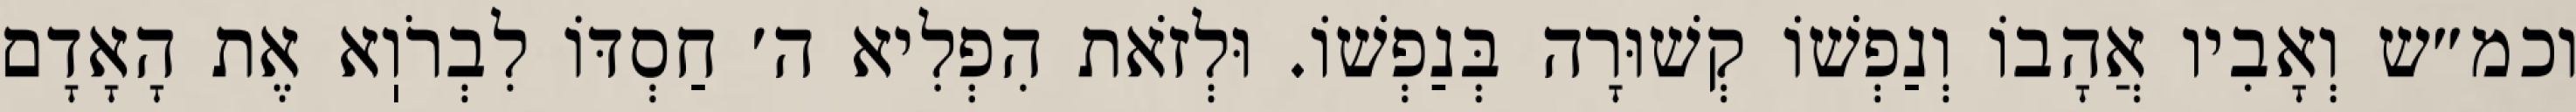
וכמ״ש וְאָבִיו אֲהָבוֹ וְנַפְשׁוֹ קְשׁוּרָה בְּנַפְשׁוֹ. וּלְזֹאת הִפְלִיא ה׳ חַסְדּוֹ לִבְרֹוֽא אֶת הָאָדָם